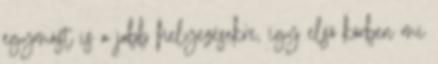
egymást is a jobb helyezésekre, így első körben mi